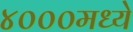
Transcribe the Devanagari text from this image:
४०००मध्ये